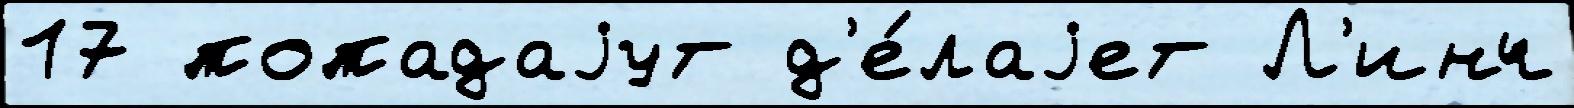
17 попадаjут д'е́лаjет Л'инч